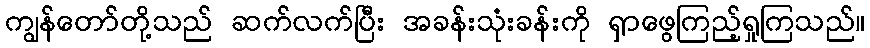
ကျွန်တော်တို့သည် ဆက်လက်ပြီး အခန်းသုံးခန်းကို ရှာဖွေကြည့်ရှုကြသည်။